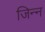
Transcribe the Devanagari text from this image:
जिन्‍न